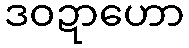
ဒဝဍာဟော